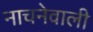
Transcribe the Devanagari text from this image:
नाचनेवाली